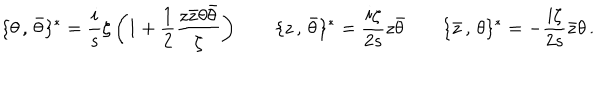
\{ \theta \, , \, \bar { \theta } \} ^ { \ast } = \frac { i } { s } \zeta \left( 1 + \frac { 1 } { 2 } \frac { z \bar { z } \theta \bar { \theta } } { \zeta } \right) \qquad \{ z \, , \, \bar { \theta } \} ^ { \ast } = \frac { i \zeta } { 2 s } z \bar { \theta } \qquad \{ \bar { z } \, , \, \theta \} ^ { \ast } = - \frac { i \zeta } { 2 s } \bar { z } \theta \, .